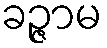
ခဉ္ဇာမ